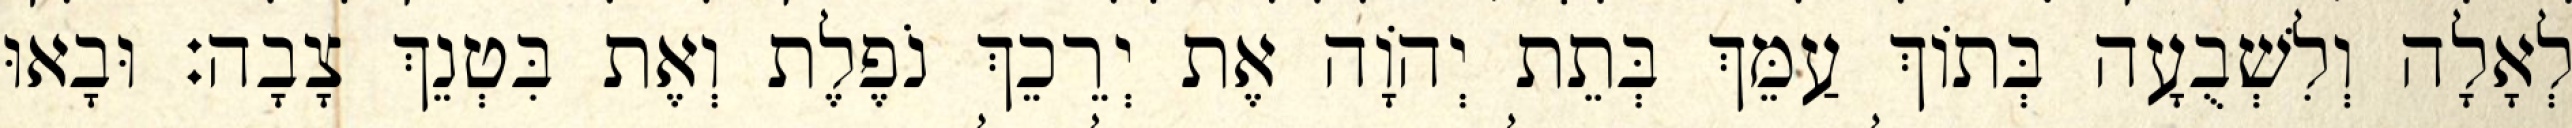
לְאָלָה וְלִשְׁבֻעָה בְּתוֹךְ עַמֵּךְ בְּתֵת יְהוָֹה אֶת יְרֵכֵךְ נֹפֶלֶת וְאֶת בִּטְנֵךְ צָבָה׃ וּבָאוּ